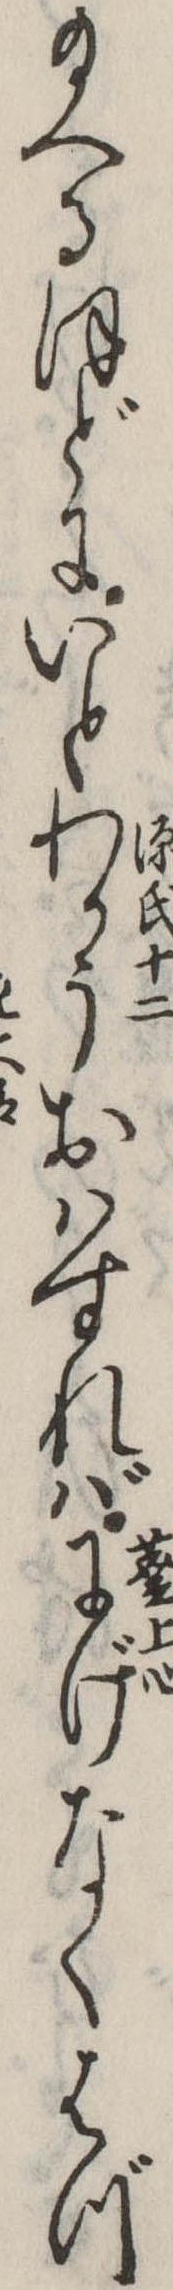
給へるほどにいとわかうおはすればにげなくはづ